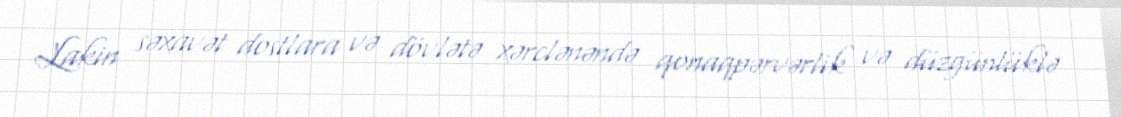
Lakin səxavət dostlara və dövlətə xərclənəndə qonaqpərvərlik və düzgünlüklə